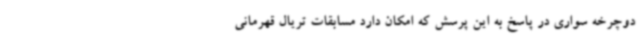
دوچرخه سواری در پاسخ به این پرسش که امکان دارد مسابقات تریال قهرمانی